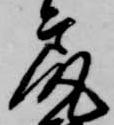
尻